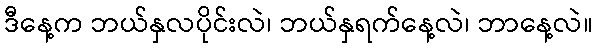
ဒီနေ့က ဘယ်နှလပိုင်းလဲ၊ ဘယ်နှရက်နေ့လဲ၊ ဘာနေ့လဲ။